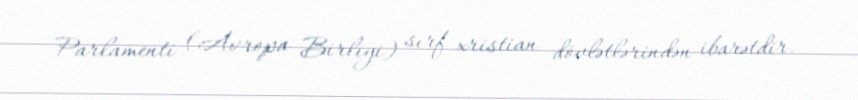
Parlamenti (Avropa Birliyi) sırf xristian dövlətlərindən ibarətdir.